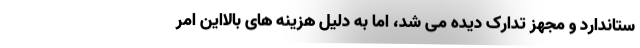
ستاندارد و مجهز تدارک دیده می شد، اما به دلیل هزینه های بالااین امر